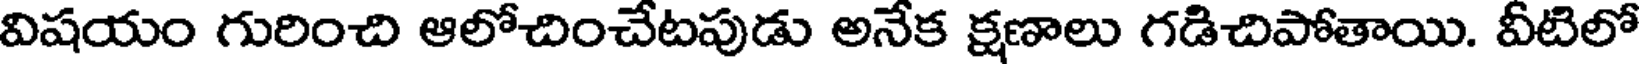
విషయం గురించి ఆలోచించేటపుడు అనేక క్షణాలు గడిచిపోతాయి. వీటిలో